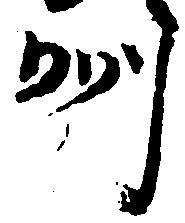
州